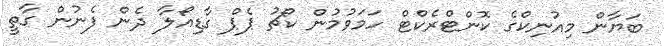
ބަޔާން މިއުނިކްގެ ކޮންޓްރެކްޓް ހަމަވުމުން ކޯޗު ޕެޕް ގާޑިއޯލާ ދެން ފެނުން ގާތީ